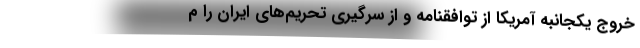
خروج یکجانبه آمریکا از توافقنامه و از سرگیری تحریم‌های ایران را م